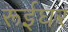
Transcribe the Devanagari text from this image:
रूईघर